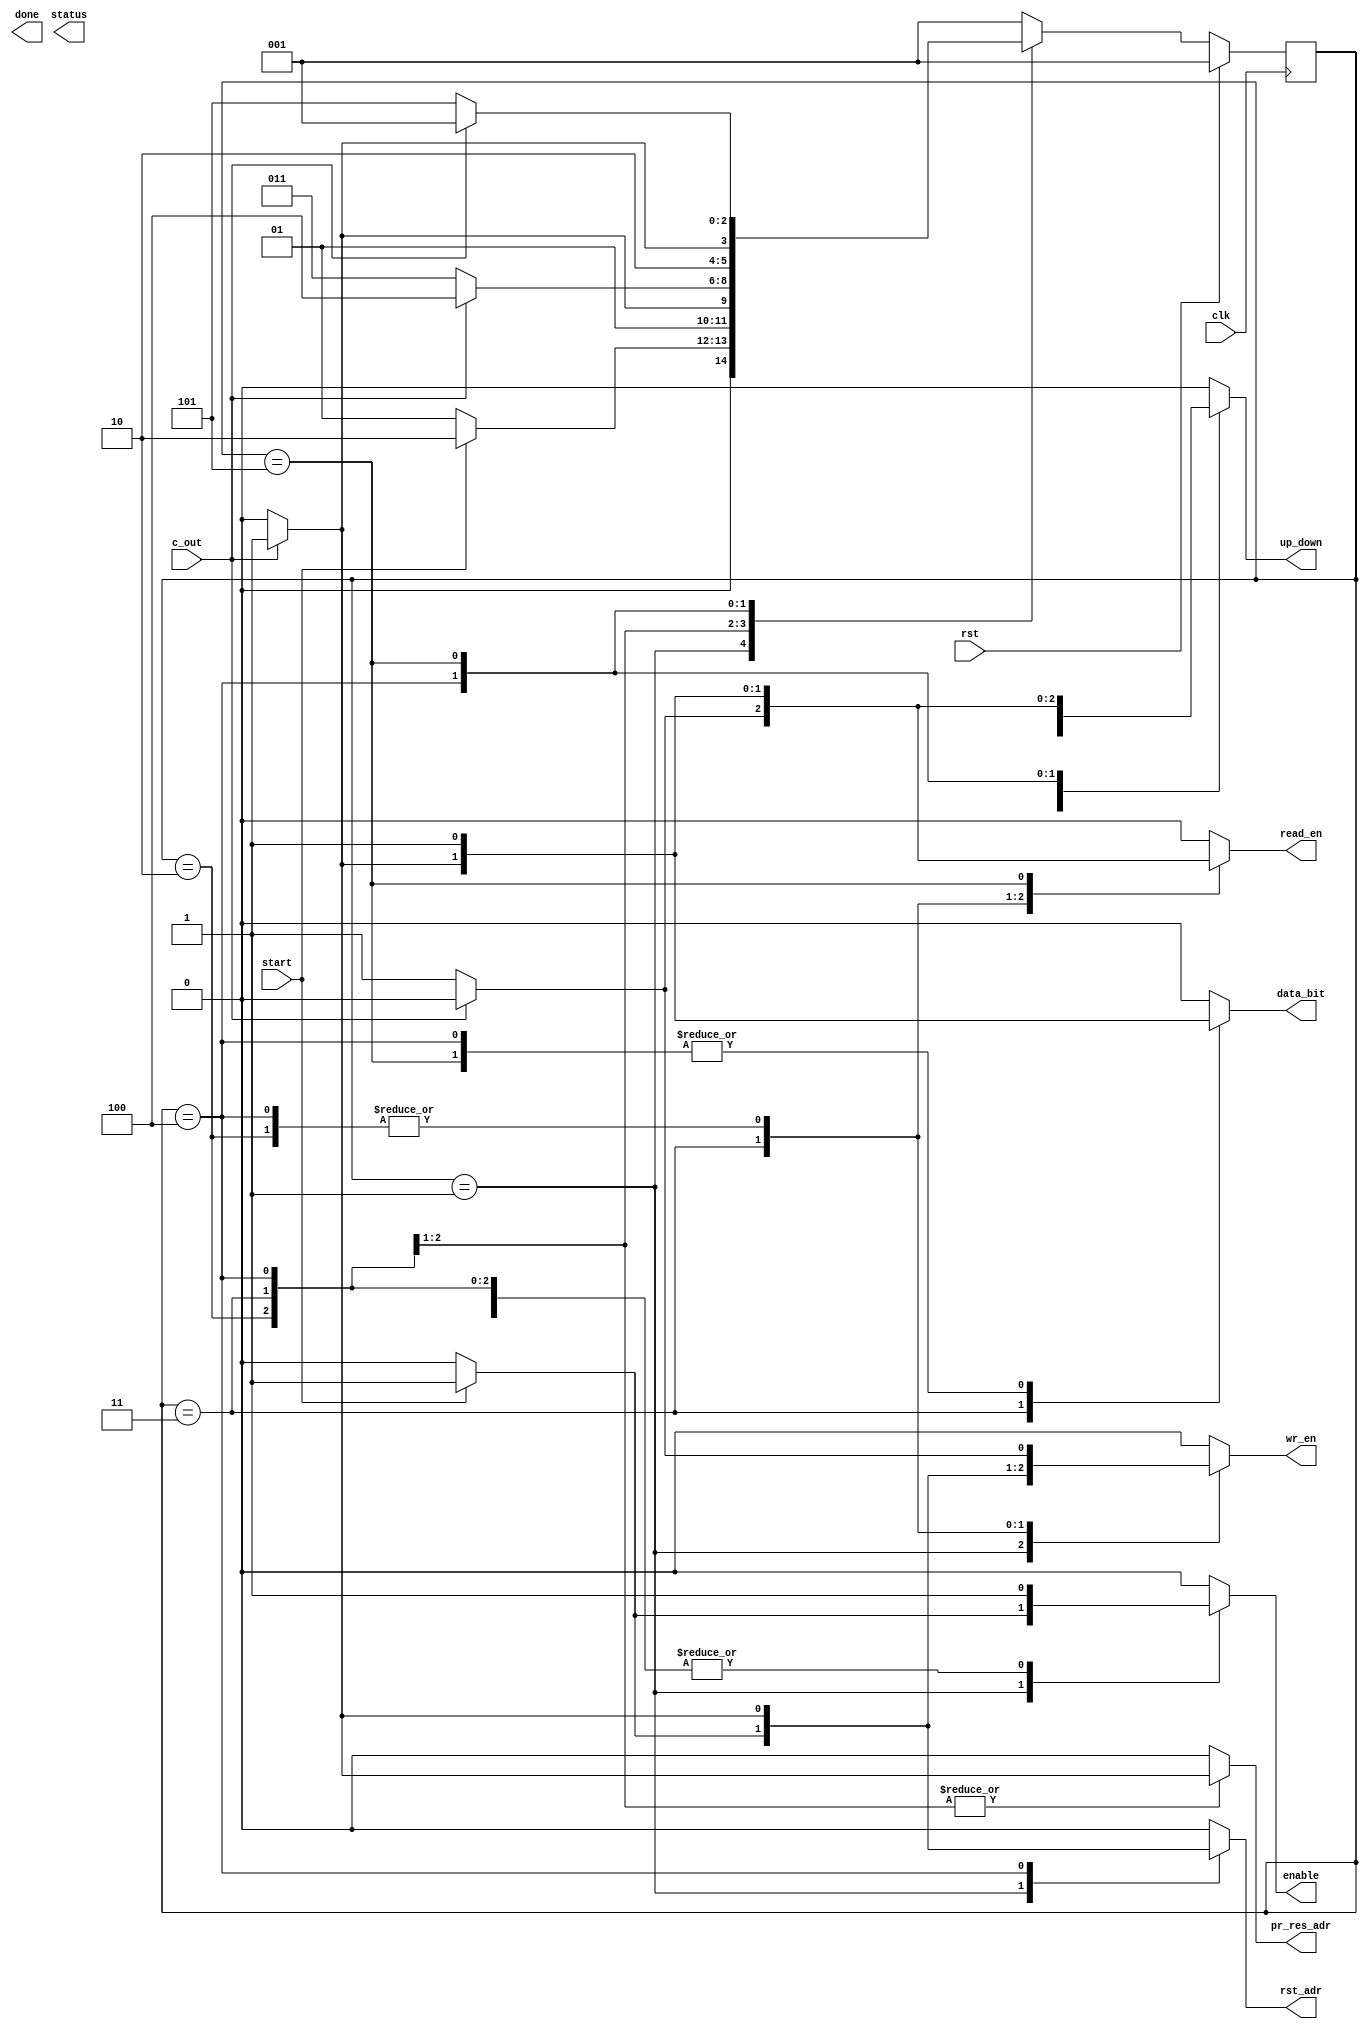
module control (clk, rst, start, c_out, status, done, wr_en, read_en, rst_adr, pr_res_adr, enable, up_down, data_bit );

input clk, rst, start, c_out;
output reg status, done, wr_en, read_en, rst_adr, pr_res_adr, enable, up_down, data_bit;

localparam standby   = 3'b001;
localparam wr_up     = 3'b010;
localparam read_down = 3'b011;
localparam wr_down   = 3'b100;
localparam read_up   = 3'b101;

reg [2:0] state, next_state;

always@(posedge clk)begin
	if(rst)
		state <= standby;
	else
		state <= next_state;
end


always@(*) begin
	case(state)
		standby: begin                //001
				if(start)begin
					next_state = wr_up;
				end 
				else begin
					next_state = standby;
				end 
		end
		wr_up: begin                   //010
				if(c_out)begin
					next_state = read_down;
				end 
				else begin
					next_state = wr_up;
				end


		end
		read_down: begin                 //011
				if(c_out)begin
					next_state = wr_down;
				end 
				else begin
					next_state = read_down;
				end

		end
		wr_down: begin                   //100
				if(c_out)begin
					next_state = read_up;
				end 
				else begin
					next_state=wr_down;
				end

		end
		read_up: begin                   //101
				if(c_out)begin
					next_state=standby;
				end 
				else begin
					next_state=read_up;
				end

		end
		default:
				next_state = standby;
	endcase
end

always@(*) begin

	case(state)
		standby: begin                //001
				if(start)begin
					enable=1'b1;
					rst_adr=1'b1;
					pr_res_adr=1'b0;
					read_en=1'b0;
					wr_en= 1'b1;
					up_down = 1'b1;
					data_bit=1'b0;
				end 
				else begin
					enable=1'b0;
					rst_adr=1'b0;
					pr_res_adr=1'b0;
					read_en=1'b0;
					wr_en= 1'b0;
					up_down = 1'b0;
					data_bit=1'b0;
				end
		end
		wr_up: begin                   //010
				if(c_out)begin
					enable=1'b1;
					rst_adr=1'b0;
					pr_res_adr=1'b1;
					read_en=1'b1;
					wr_en= 1'b0;
					up_down = 1'b0;
					data_bit=1'b0;
				end 
				else begin
					enable=1'b1;
					rst_adr=1'b0;
					pr_res_adr=1'b0;
					read_en=1'b0;
					wr_en= 1'b1;
					up_down = 1'b1;
					data_bit=1'b0;
				end

		end
		read_down: begin                 //011
				if(c_out)begin
					enable=1'b1;
					rst_adr=1'b0;
					pr_res_adr=1'b1;
					read_en=1'b0;
					wr_en= 1'b1;
					up_down = 1'b0;
					data_bit=1'b1;
				end 
				else begin
					enable=1'b1;
					rst_adr=1'b0;
					pr_res_adr=1'b0;
					read_en=1'b1;
					wr_en= 1'b0;
					up_down = 1'b0;
					data_bit=1'b0;
				end

		end
		wr_down: begin                   //100
				if(c_out)begin
					enable=1'b1;
					rst_adr=1'b1;
					pr_res_adr=1'b0;
					read_en=1'b1;
					wr_en= 1'b0;
					up_down = 1'b1;
					data_bit=1'b1;
				end 
				else begin
					enable=1'b1;
					rst_adr=1'b0;
					pr_res_adr=1'b0;
					read_en=1'b0;
					wr_en= 1'b1;
					up_down = 1'b0;
					data_bit=1'b1;
				end

		end
		read_up: begin                   //101
				begin
					enable=1'b1;
					rst_adr=1'b0;
					pr_res_adr=1'b0;
					read_en=1'b1;
					wr_en= 1'b0;
					up_down = 1'b1;
					data_bit=1'b1;
				end

		end
		default:
				begin
					enable=1'b0;
					rst_adr=1'b0;
					pr_res_adr=1'b0;
					read_en=1'b0;
					wr_en= 1'b0;
					up_down = 1'b0;
					data_bit=1'b0;
				end
	endcase
end

endmodule